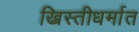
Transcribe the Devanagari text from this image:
ख्रिस्तीधर्मात